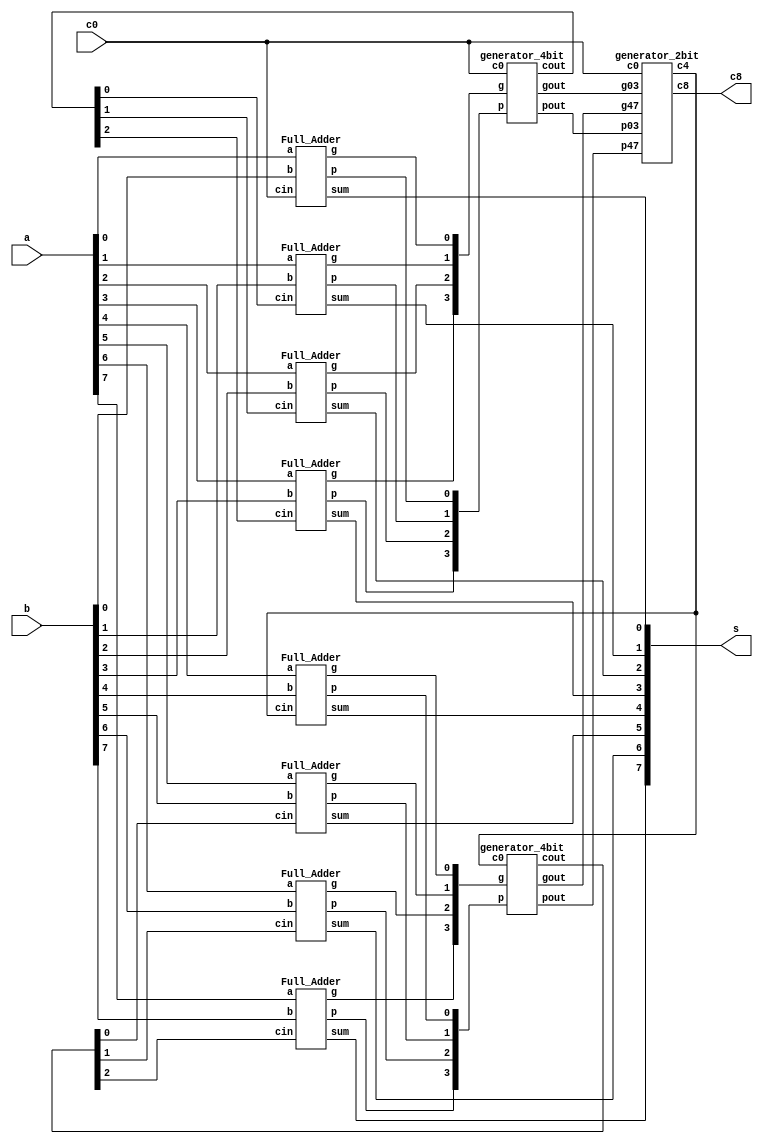
`timescale 1ns/1ps

module Carry_Look_Ahead_Adder_8bit(a, b, c0, s, c8);
input [7:0] a, b;
input c0;
output [7:0] s;
output c8;

wire [7:0] p, g;
wire [2:0] cout_1, cout_2;
wire p03, g03, p47, g47;
wire c4;

// deal with FA
Full_Adder fa1(a[0], b[0], c0, p[0], g[0], s[0]);
Full_Adder fa2[3:1](a[3:1], b[3:1], cout_1[2:0], p[3:1], g[3:1], s[3:1]);
Full_Adder fa3(a[4], b[4], c4, p[4], g[4], s[4]);
Full_Adder fa4[7:5](a[7:5], b[7:5], cout_2[2:0], p[7:5], g[7:5], s[7:5]);

// deal with gen
generator_4bit genA(p[3:0], g[3:0], c0, p03, g03, cout_1);
generator_4bit genC(p[7:4], g[7:4], c4, p47, g47, cout_2);
generator_2bit genB(p03, g03, p47, g47, c0, c4, c8);

endmodule

module generator_4bit(p, g, c0, pout, gout, cout);
input [3:0] g, p;
input c0;
output pout, gout;
output [2:0] cout;

wire w1, w2, w3, w4, w5, w6, w7, w8, w9;
wire tmp1, tmp2, tmp3, tmp4;
// p[i, i+3]
and_gate and1(w1, p[0], p[1]);
and_gate and2(w2, p[2], p[3]);
and_gate and3(pout, w1, w2);

// g[i, i+3]
and_gate and4(w3, p[1], p[2]);
and_gate and5(w4, w3, p[3]);
and_gate and6(w5, w4, g[0]);

and_gate and7(w6, w2, g[1]);

and_gate and8(w7, p[3], g[2]);

or_gate or1(w8, w5, w6);
or_gate or2(w9, w7, w8);
or_gate or3(gout, w9, g[3]);

// cout
and_gate and9(tmp1, c0, p[0]);
or_gate or4(cout[0], tmp1, g[0]);

and_gate and10(tmp2, cout[0], p[1]);
or_gate or5(cout[1], tmp2, g[1]);

and_gate and11(tmp3, cout[1], p[2]);
or_gate or6(cout[2], tmp3, g[2]);


endmodule

module generator_2bit(p03, g03, p47, g47, c0, c4, c8);
input p03, g03, p47, g47, c0;
output c4, c8;

wire w1, w2;

and_gate and1(w1, p03, c0);
or_gate or1(c4, w1, g03);

and_gate and2(w2, p47, c4);
or_gate or2(c8, w2, g47);

endmodule

module Full_Adder (a, b, cin, p, g, sum);
input a, b, cin;
output sum, p, g;
wire w1;

and_gate and1(g, a, b);
or_gate or1(p, a, b);
xor_gate xor1(w1, a, b);
xor_gate xor2(sum, w1, cin);

endmodule

module or_gate(out, in1, in2);
input in1, in2;
output out;
wire or_tmp1, or_tmp2;

nand nand1(or_tmp1, in1, in1);
nand nand2(or_tmp2, in2, in2);
nand nand3(out, or_tmp1, or_tmp2);

endmodule

module and_gate(out, in1, in2);
input in1, in2;
output out;
wire and_tmp;

nand nand2(and_tmp, in1, in2);
nand nand3(out, and_tmp, and_tmp);

endmodule

module xor_gate(out, a, b);
input a, b;
output out;
wire w1, w2, w3;
nand nand1(w1, a, b);
nand nand2(w2, w1, a);
nand nand3(w3, w1, b);
nand nand4(out, w2, w3);

endmodule